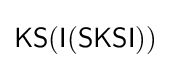
{\mathsf {KS(I(SKSI))}}